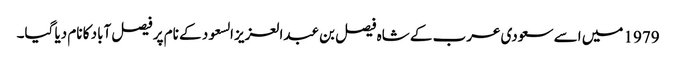
1979 میں اسے سعودی عرب کے شاہ فیصل بن عبدالعزیز السعود کے نام پر فیصل آباد کا نام دیا گیا۔